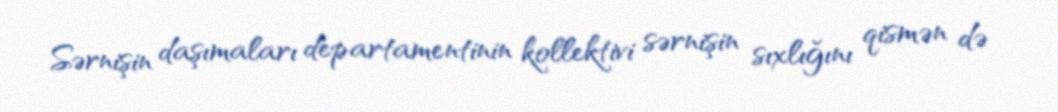
Sərnişin daşımaları departamentinin kollektivi sərnişin sıxlığını qismən də